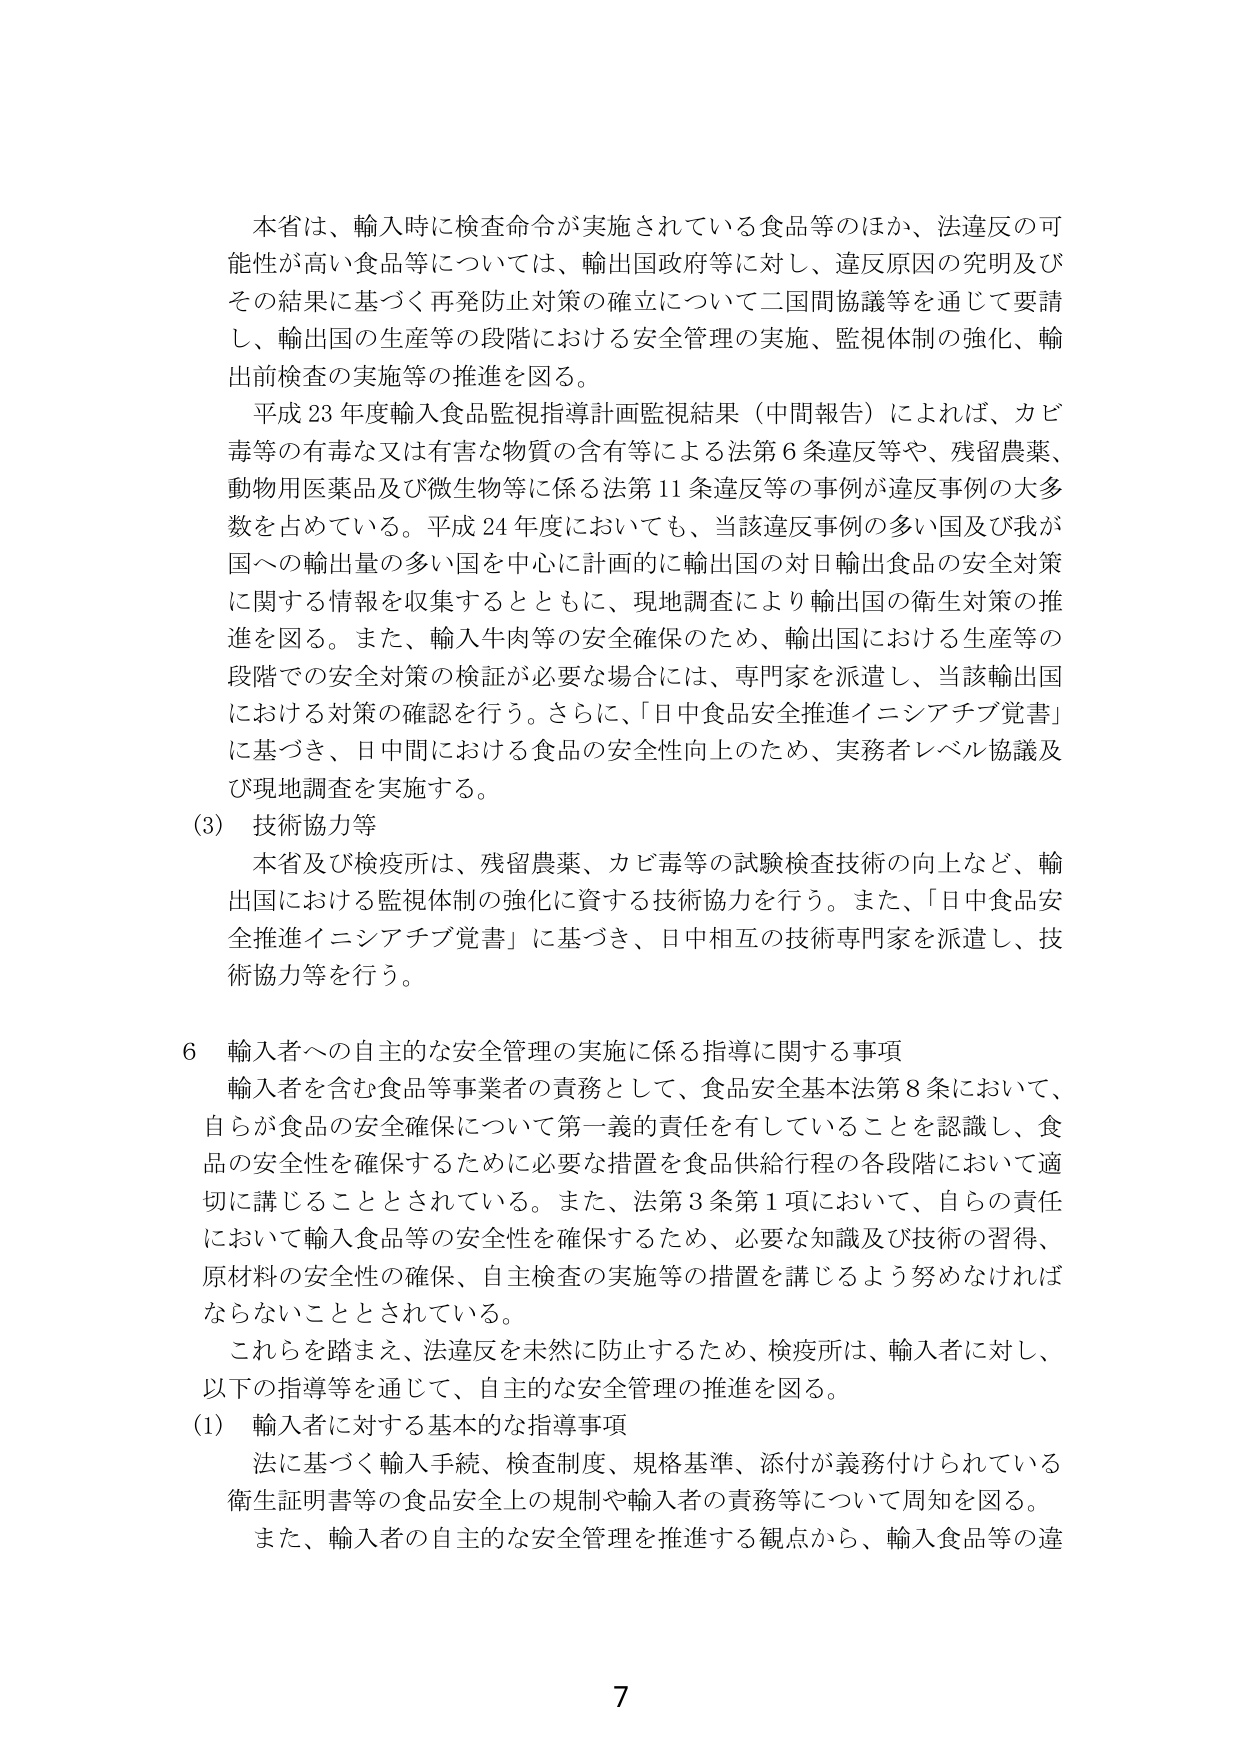
本省は、輸入時に検査命令が実施されている食品等のほか、法違反の可能性が高い食品等については、輸出国政府等に対し、違反原因の究明及びその結果に基づく再発防止対策の確立について二国間協議等を通じて要請し、輸出国の生産等の段階における安全管理の実施、監視体制の強化、輸出前検査の実施等の推進を図る。

平成23年度輸入食品監視指導計画監視結果（中間報告）によれば、カビ毒等の有毒な又は有害な物質の含有等による法第6条違反等や、残留農薬、動物用医薬品及び微生物等に係る法第11条違反等の事例が違反事例の大多数を占めている。平成24年度においても、当該違反事例の多い国及び我が国への輸出量の多い国を中心に計画的に輸出国の対日輸出食品の安全対策に関する情報を収集するとともに、現地調査により輸出国の衛生対策の推進を図る。また、輸入牛肉等の安全確保のため、輸出国における生産等の段階での安全対策の検証が必要な場合には、専門家を派遣し、当該輸出国における対策の確認を行う。さらに、「日中食品安全推進イニシアチブ覚書」に基づき、日中間における食品の安全性向上のため、実務者レベル協議及び現地調査を実施する。

(3) 技術協力等

本省及び検疫所は、残留農薬、カビ毒等の試験検査技術の向上など、輸出国における監視体制の強化に資する技術協力を行う。また、「日中食品安全推進イニシアチブ覚書」に基づき、日中相互の技術専門家を派遣し、技術協力等を行う。

6 輸入者への自主的な安全管理の実施に係る指導に関する事項

輸入者を含む食品等事業者の責務として、食品安全基本法第8条において、自らが食品の安全確保について第一義的責任を有していることを認識し、食品の安全性を確保するために必要な措置を食品供給行程の各段階において適切に講じることとされている。また、法第3条第1項において、自らの責任において輸入食品等の安全性を確保するため、必要な知識及び技術の習得、原材料の安全性の確保、自主検査の実施等の措置を講じるよう努めなければならないこととされている。

これらを踏まえ、法違反を未然に防止するため、検疫所は、輸入者に対し、以下の指導等を通じて、自主的な安全管理の推進を図る。

(1) 輸入者に対する基本的な指導事項

法に基づく輸入手続、検査制度、規格基準、添付が義務付けられている衛生証明書等の食品安全上の規制や輸入者の責務等について周知を図る。

また、輸入者の自主的な安全管理を推進する観点から、輸入食品等の違

7